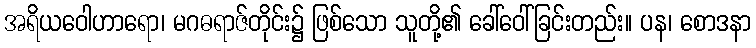
အရိယဝေါဟာရော၊ မဂဓရာဇ်တိုင်း၌ ဖြစ်သော သူတို့၏ ခေါ်ဝေါ်ခြင်းတည်း။ ပန၊ စောဒနာ